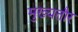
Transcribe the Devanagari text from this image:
मुख्‍यतौर